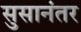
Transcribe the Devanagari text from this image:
सुसानंतर